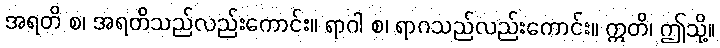
အရတိ စ၊ အရတိသည်လည်းကောင်း။ ရာဂါ စ၊ ရာဂသည်လည်းကောင်း။ ဣတိ၊ ဤသို့။